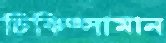
চিকিত্সামান